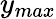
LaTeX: y_{max}